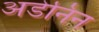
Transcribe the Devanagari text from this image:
अडेनिन